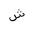
Letter: _shin